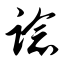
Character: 谂